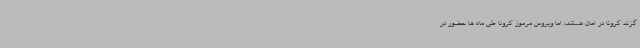
گزند کرونا در امان هستند، اما ویروس مرموز کرونا طی ماه ها حضور در